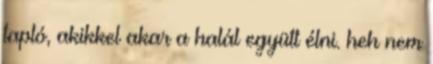
tapló, akikkel akar a halál együtt élni. heh nem